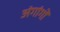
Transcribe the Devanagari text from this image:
अंगांगों